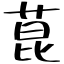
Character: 菎